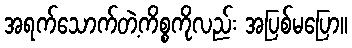
အရက်သောက်တဲ့ကိစ္စကိုလည်း အပြစ်မပြော။